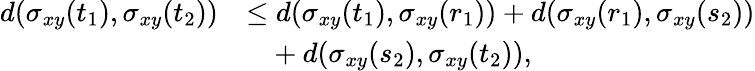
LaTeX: \begin{array}{rl}{d(\sigma_{xy}(t_{1}),\sigma_{xy}(t_{2}))}&{\leq d(\sigma_{xy}(t_{1}),\sigma_{xy}(r_{1}))+d(\sigma_{xy}(r_{1}),\sigma_{xy}(s_{2}))}\\ &{\phantom{\leq}+d(\sigma_{xy}(s_{2}),\sigma_{xy}(t_{2})),}\end{array}